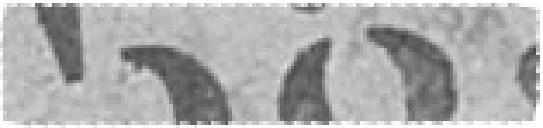
589